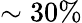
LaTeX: \sim 30\%